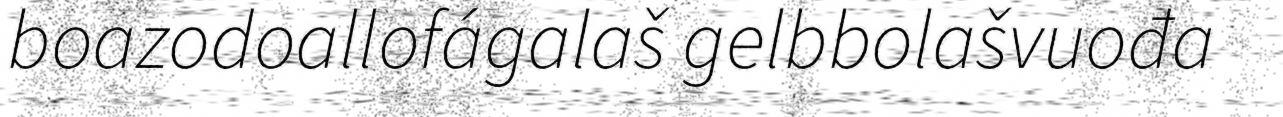
boazodoallofágalaš gelbbolašvuođa